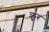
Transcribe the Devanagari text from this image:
क्रृर